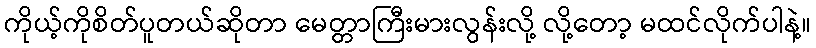
ကိုယ့်ကိုစိတ်ပူတယ်ဆိုတာ မေတ္တာကြီးမားလွန်းလို့ လို့တော့ မထင်လိုက်ပါနဲ့။